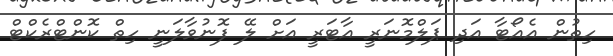
ހިތުން އެއޯޓާ އަދި ޕަލްމޮނަރީ އާޓަރީ އަށް ލޭ ފޮނުވާލަނީ ހިތް ކޮންޓްރެކްޓް